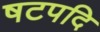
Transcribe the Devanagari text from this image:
षटपदि